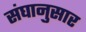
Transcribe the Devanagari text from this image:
संघानुसार